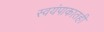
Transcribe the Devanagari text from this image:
स्वयंपाकातही